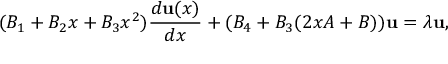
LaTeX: ( B _ { 1 } + B _ { 2 } x + B _ { 3 } x ^ { 2 } ) { \frac { d { \bf u } ( x ) } { d x } } + ( B _ { 4 } + B _ { 3 } ( 2 x A + B ) ) { \bf u } = \lambda { \bf u } ,